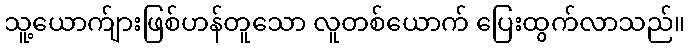
သူ့ယောက်ျားဖြစ်ဟန်တူသော လူတစ်ယောက် ပြေးထွက်လာသည်။